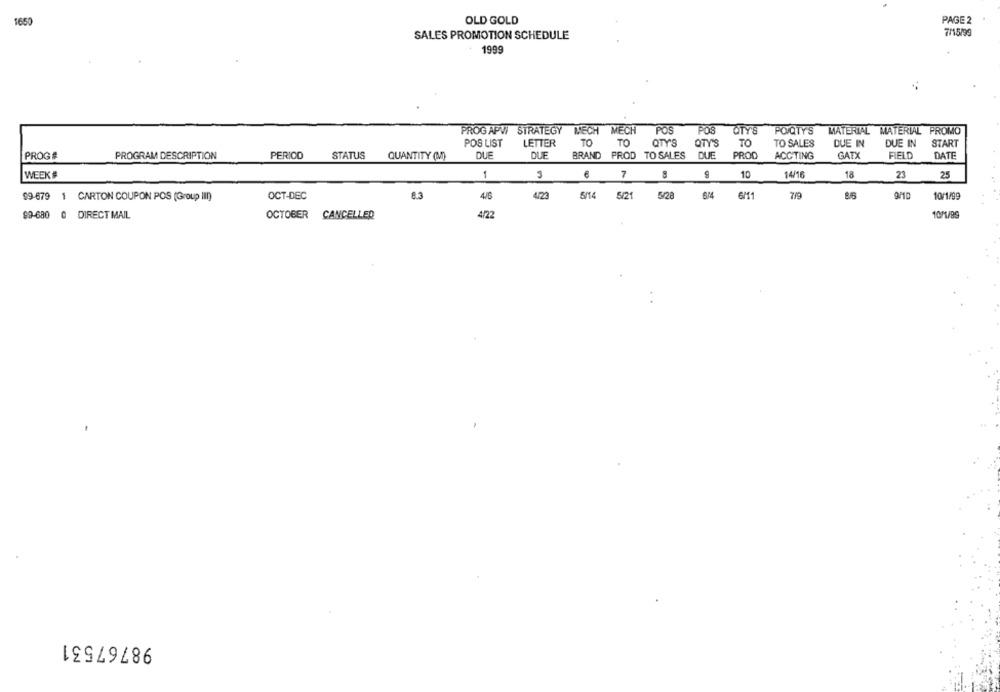
OLD GOLD
PAGE 2
1650
SALES PROMOTION SCHEDULE
7/15/99
1999
PROGAPVI STRATEGY MECH MECH POS
POS QTY'S
POVQTY'S
MATERIAL MATERIAL PROMO
POS LIST
LETTER
TO
TO
QTY'S
OTY'S
TO
TO SALES
DUE IN
DUE IN
START
PROG#
PROGRAM DESCRIPTION
PERIOD
STATUS
QUANTITY (M)
QUE
QUE
BRAND PROD TO SALES DUE
PROD
ACCTING
GATX
FIELD
DATE
6
7
WEEK #
1
10
14/16
18
23
25
7/9
99-679 1 CARTON COUPON POS (Group il!)
OCT-DEC
8.3
4/6
4/23
5/14
5/21
5/28
6/4
8/6
10/1/99
99-680
0 DIRECT MAIL
OCTOBER CANCELLED
472
10/1/89
98767531